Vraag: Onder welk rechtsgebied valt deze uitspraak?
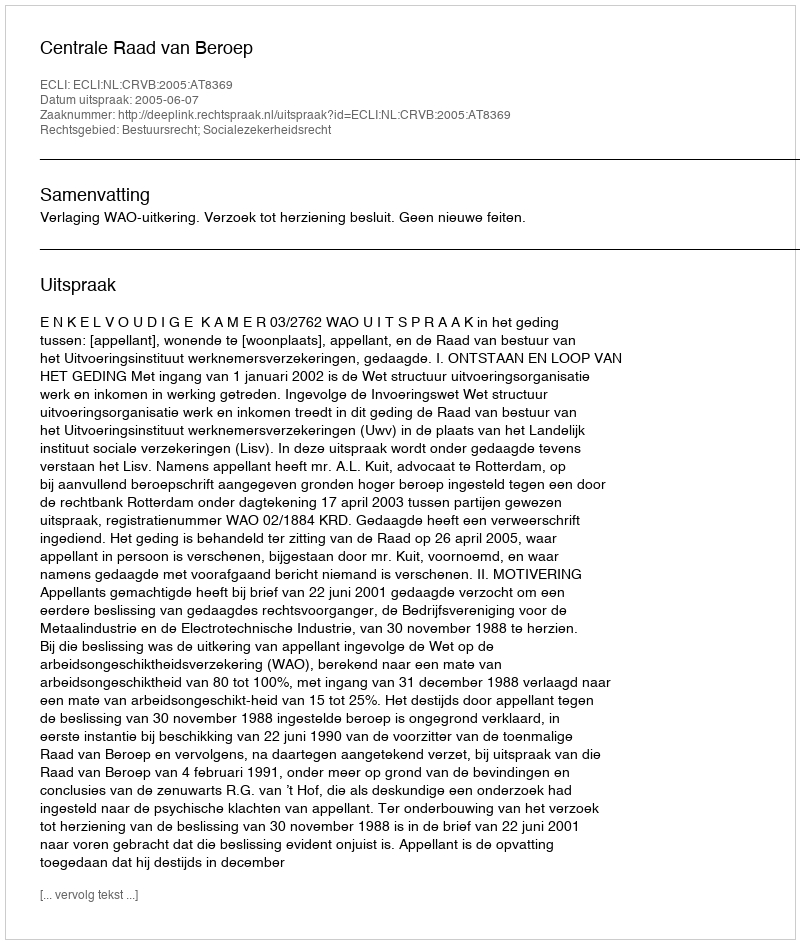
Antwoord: Bestuursrecht; Socialezekerheidsrecht